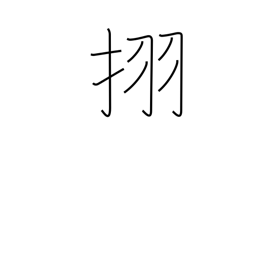
Meaning: Japanese horse chestnut